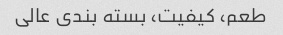
طعم، کیفیت، بسته بندی عالی